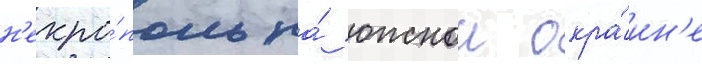
н'екро́поль на́ южнои окра́ин'е